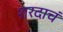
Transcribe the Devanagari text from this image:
शरदाचं